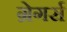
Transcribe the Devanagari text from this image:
ग्रेगर्स